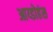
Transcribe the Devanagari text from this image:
आय्डोहंस